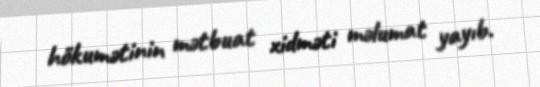
hökumətinin mətbuat xidməti məlumat yayıb.